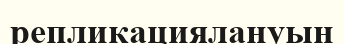
репликациялануын